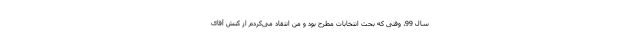
سال 99، وقتی که بحث انتخابات مطرح بود و من انتقاد می‌کردم از کنش آقای